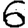
Digit: 6